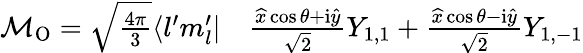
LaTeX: \begin{array}{rl}{\mathcal{M}_{\mathrm{{O}}}=\sqrt{\frac{4\pi}{3}}\langle l^{\prime}m_{l}^{\prime}|}&{{}\frac{\widehat{x}\cos\theta+\mathrm{i}\widehat{y}}{\sqrt{2}}Y_{1,1}+\frac{\widehat{x}\cos\theta-\mathrm{i}\widehat{y}}{\sqrt{2}}Y_{1,-1}}\end{array}